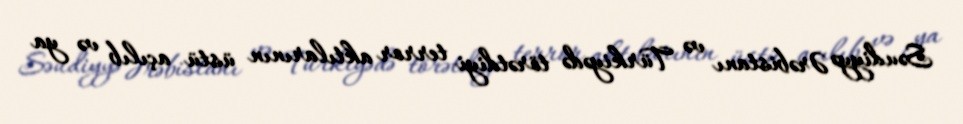
Səudiyyə Ərəbistanı və Türkiyədə törətdiyi terror aktılarının üstü açılıb və ya